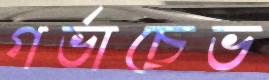
গর্ভাচেভ